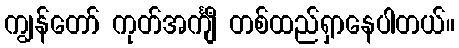
ကျွန်တော် ကုတ်အင်္ကျီ တစ်ထည်ရှာနေပါတယ်။